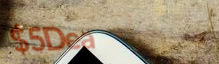
$5Deal